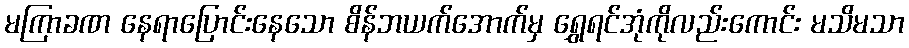
မကြာခဏ နေရာပြောင်းနေသော စိန်ဘယက်အောက်မှ ရွှေရင်အုံကိုလည်းကောင်း မသိမသာ